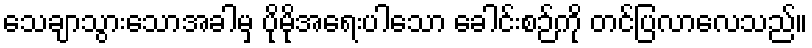
သေချာသွားသောအခါမှ ပိုမိုအရေးပါသော ခေါင်းစဉ်ကို တင်ပြလာလေသည်။